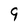
Character: 9